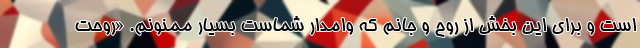
است و برای این بخش از روح و جانم که وامدار شماست بسیار ممنونم. «روحت